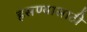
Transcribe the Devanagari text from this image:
हसण्यासाठी